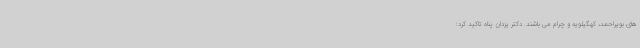
های بویراحمد، کهگیلویه و چرام می باشند. دکتر یزدان پناه تاکید کرد: